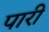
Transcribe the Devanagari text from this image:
पारीं